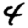
Digit: 4